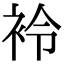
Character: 袊